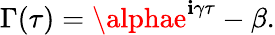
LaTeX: \Gamma(\tau)=\alphae^{\mathbf{i}\gamma\tau}-\beta.